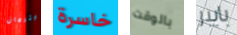
بيترمان خاسرة بالوقت بايبر